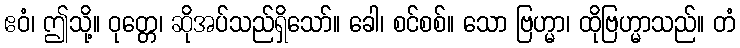
ဧဝံ၊ ဤသို့။ ဝုတ္တေ၊ ဆိုအပ်သည်ရှိသော်။ ခေါ၊ စင်စစ်။ သော ဗြဟ္မာ၊ ထိုဗြဟ္မာသည်။ တံ